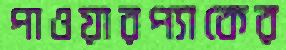
পাওয়ারপ্যাকের